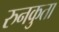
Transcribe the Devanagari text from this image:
रुनकुता